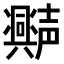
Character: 𫯆